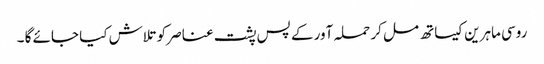
روسی ماہرین کیساتھ مل کر حملہ آور کے پس پشت عناصر کو تلاش کیا جائے گا ۔